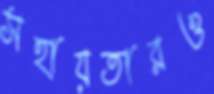
সহায়তারও